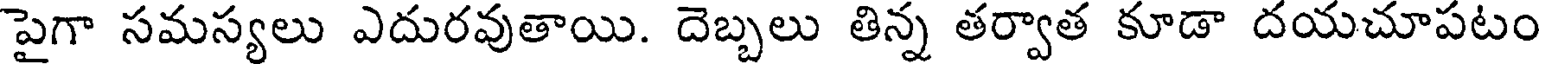
పైగా సమస్యలు ఎదురవుతాయి. దెబ్బలు తిన్న తర్వాత కూడా దయచూపటం